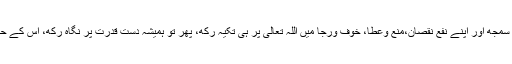
* اس کے بغیر کسی بھی چیز کا وجود حقیقی نہ سمجھ اور اپنے نفع نقصان،منع وعطا، خوف ورجا میں اللہ تعالیٰ پر ہی تکیہ رکھ، پھر تو ہمیشہ دستِ قدرت پر نگاہ رکھ، اس کے حکم کامنتظر اور اس کی اطاعت میں مشغول رہ ۔